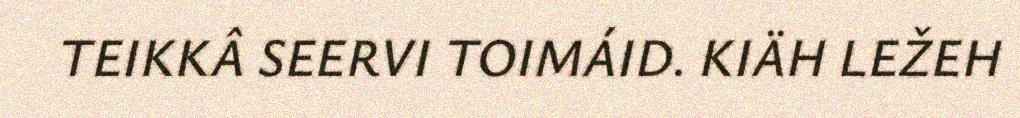
TEIKKÂ SEERVI TOIMÁID. KIÄH LEŽEH